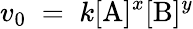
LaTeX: v_{0}\; =\; k[\mathrm{A}]^{x}[\mathrm{B}]^{y}